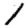
Digit: 1